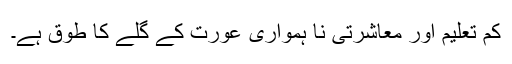
کم تعلیم اور معاشرتی نا ہمواری عورت کے گلے کا طوق ہے۔